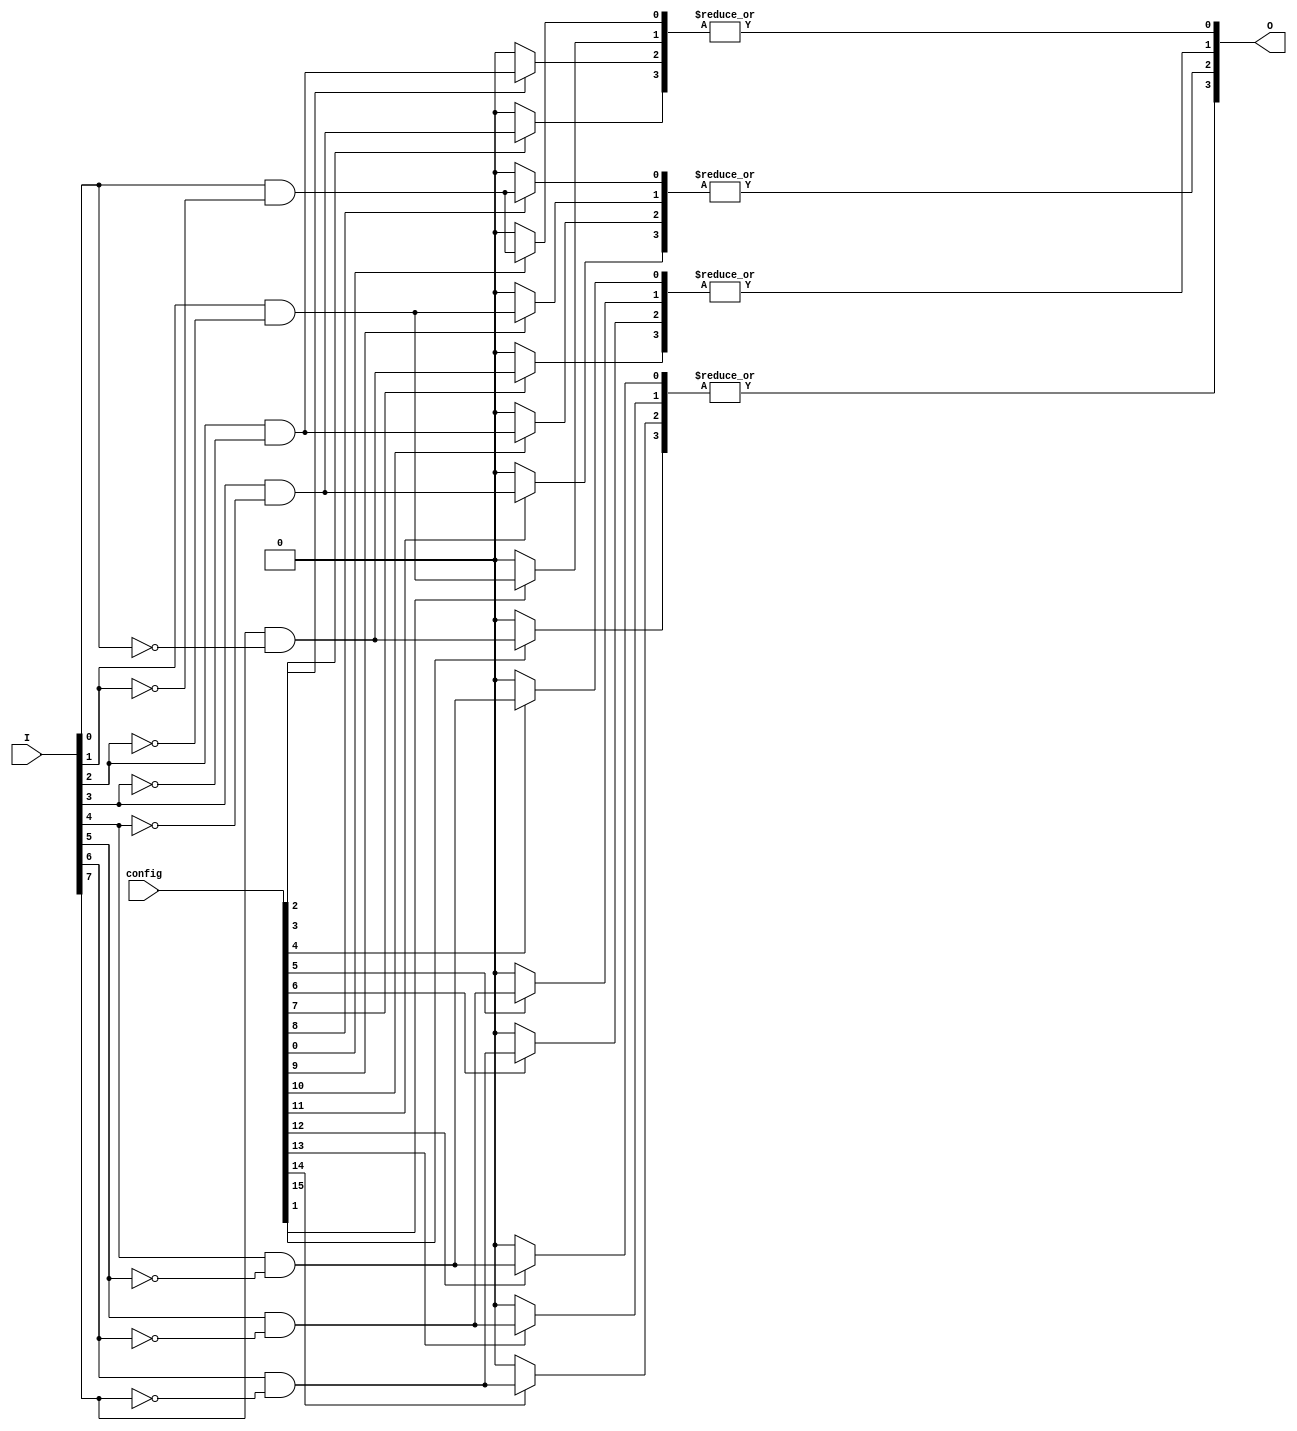
module GAL (
    input wire [N-1:0] I,        // Input lines (N inputs)
    output wire [M-1:0] O,       // Output lines (M outputs)
    input wire [P-1:0] config    // Configuration memory (P bits for programmability)
);

// Parameters
parameter N = 8;                // Number of input lines
parameter M = 4;                // Number of output lines
parameter P = 16;               // Number of configuration bits (for AND and OR)

// Internal signals for AND plane
wire [P-1:0] and_out;          // Outputs from AND gates

// AND Plane: Generate product terms based on configuration
generate
    genvar i, j;
    for (i = 0; i < P; i = i + 1) begin : and_gate
        // Each AND gate can take a combination of inputs based on the config bits
        assign and_out[i] = (config[i] == 1'b1) ? (I[i % N] & ~I[(i+1) % N]) : 1'b0; // Example logic
    end
endgenerate

// OR Plane: Combine outputs from AND gates to generate final outputs
generate
    for (j = 0; j < M; j = j + 1) begin : or_gate
        assign O[j] = |(and_out[j*P/M +: P/M]); // Example logic to OR the outputs
    end
endgenerate

endmodule